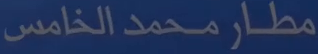
مطار_محمد_الخامس